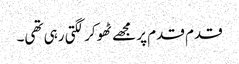
قدم قدم پر مجھے ٹھوکر لگتی رہی تھی۔